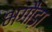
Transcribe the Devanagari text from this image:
भगौड़ा